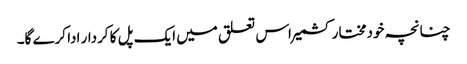
چنانچہ خودمختار کشمیر اس تعلق میں ایک پل کا کردار ادا کرے گا۔